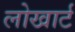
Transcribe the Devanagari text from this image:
लोखार्ट